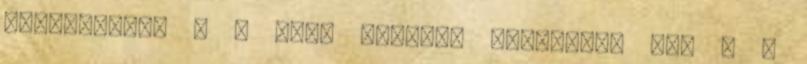
elindítani” . A cikk további részletei itt → A